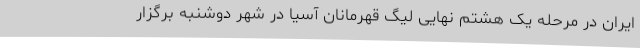
ایران در مرحله یک هشتم نهایی لیگ قهرمانان آسیا در شهر دوشنبه برگزار